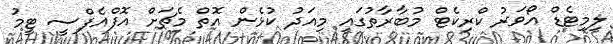
ލިމިޓެޑް އޯވަރު ކްރިކެޓް މުބާރާތުގައި މިއަދު ކުޅެން އޮތް މެޗަށް އޮފްއެފްސީ ޓީމު